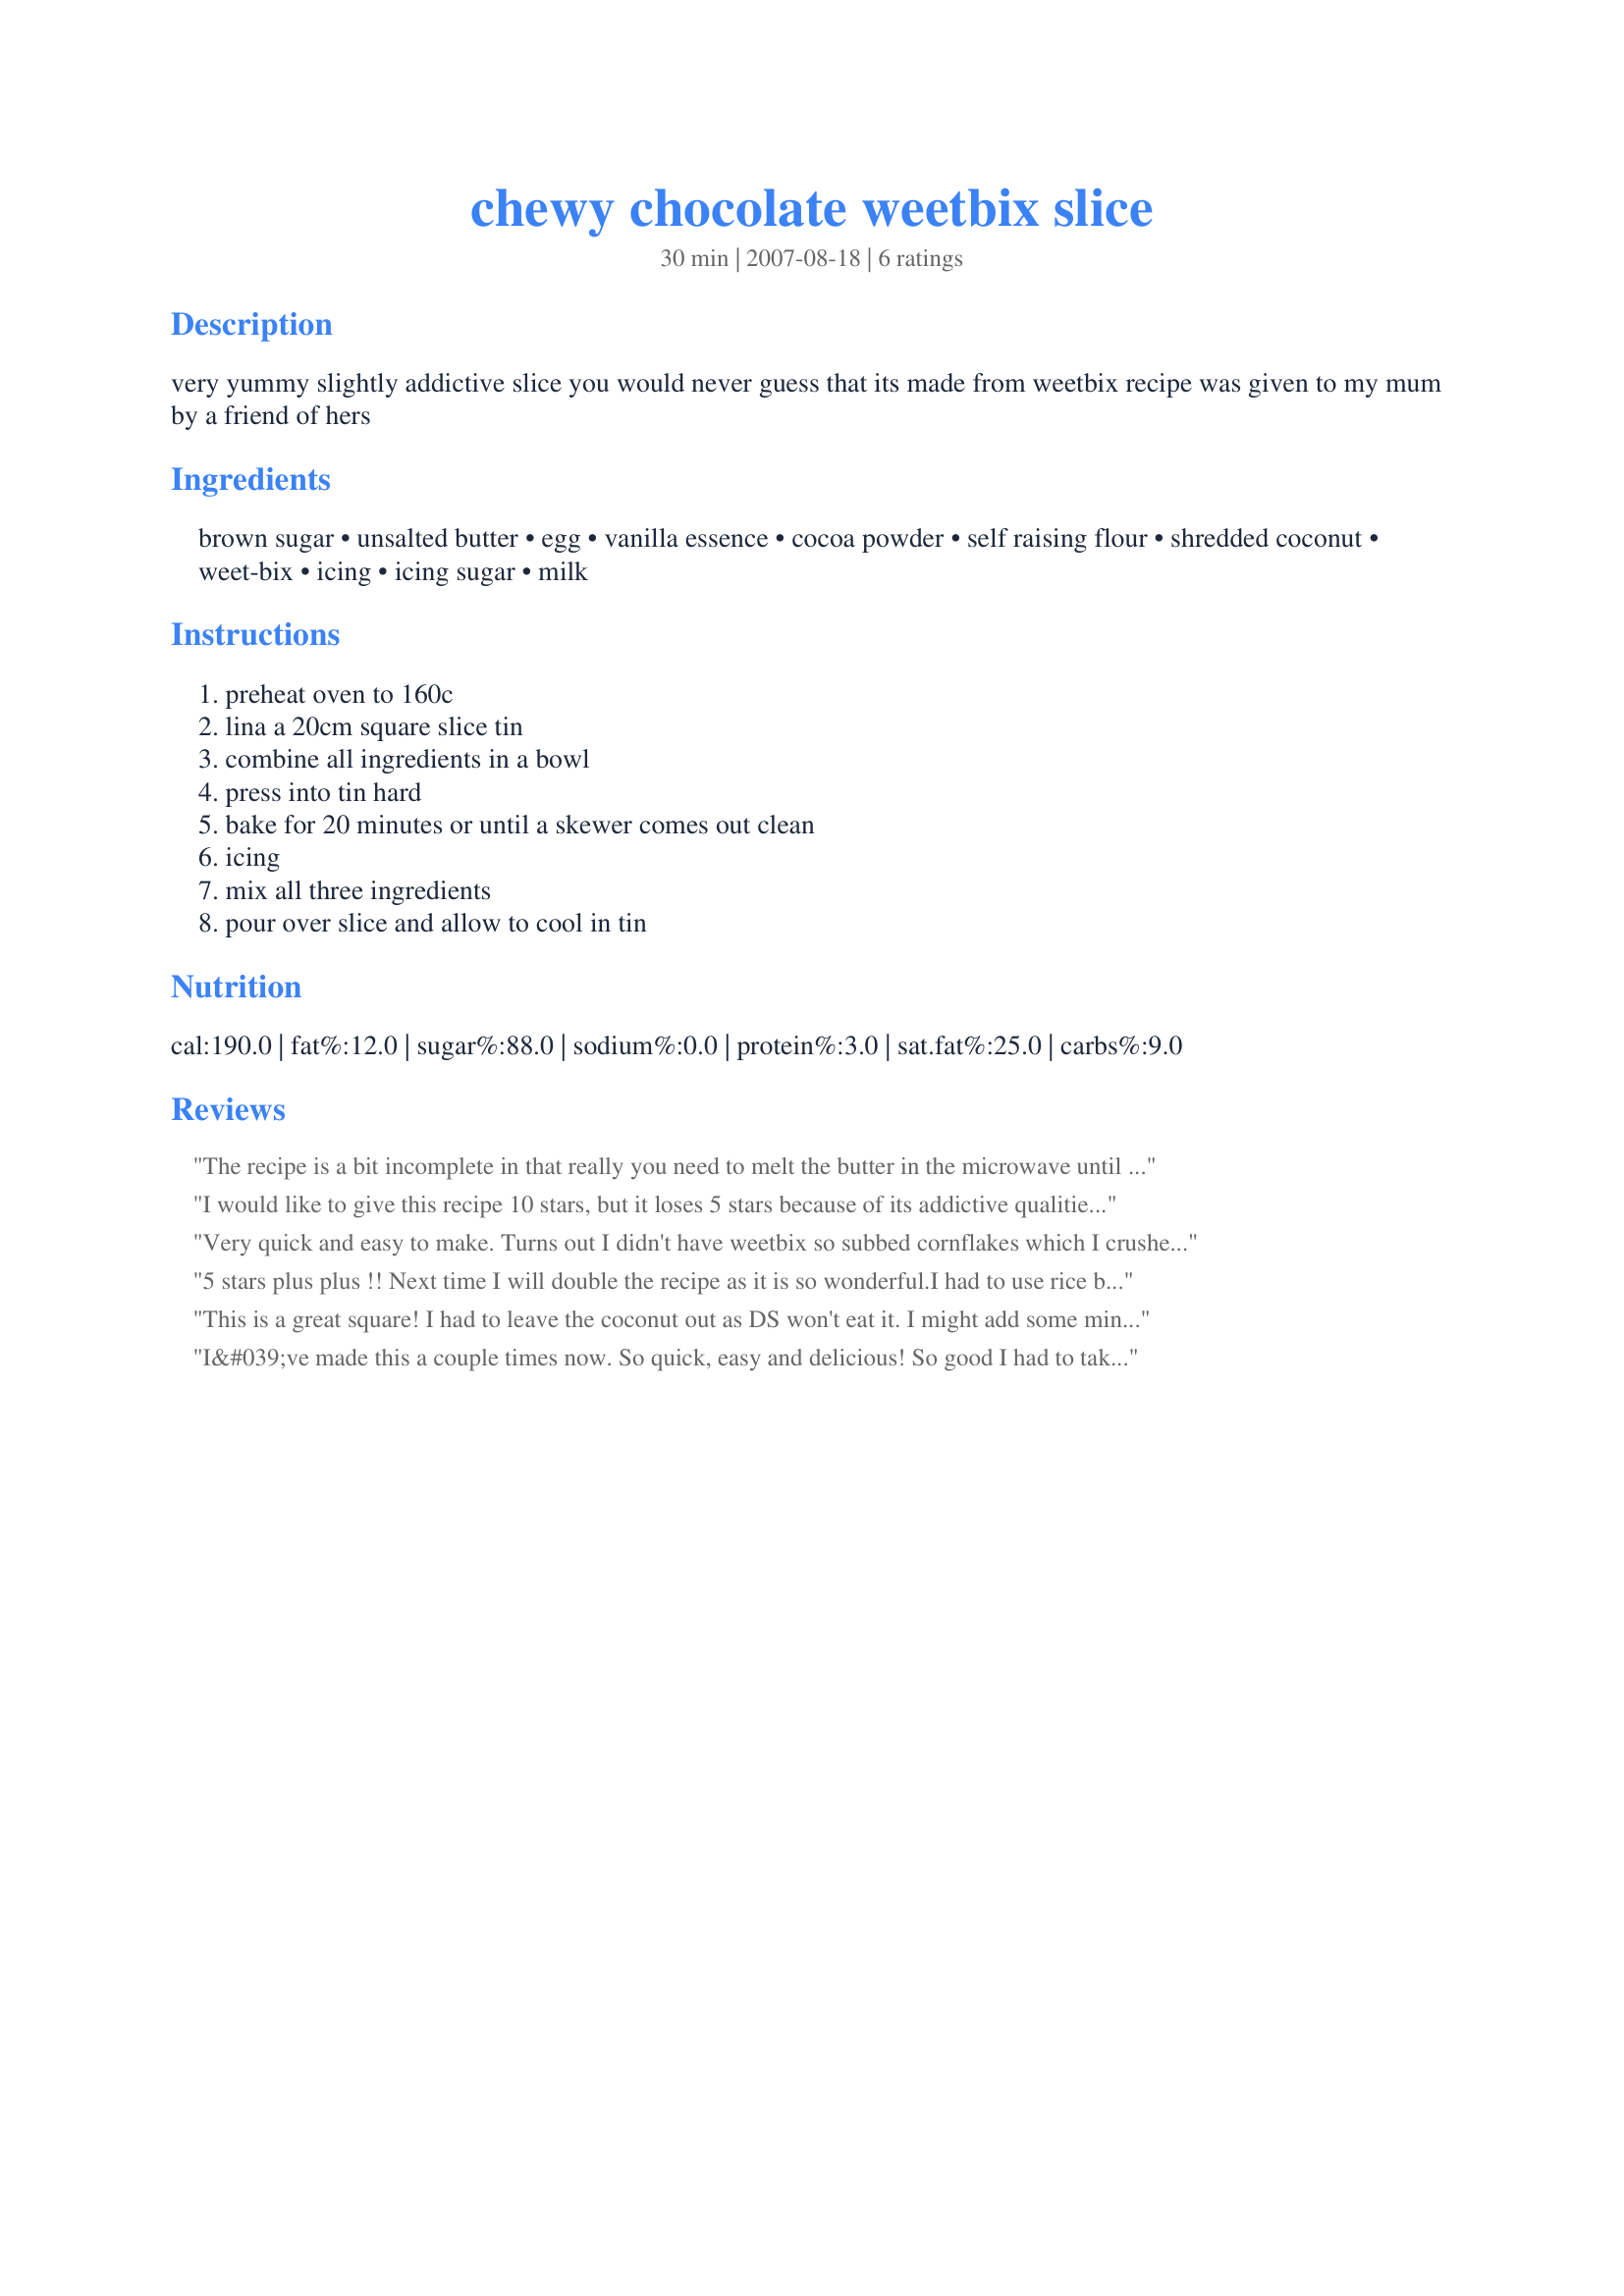
chewy chocolate weetbix slice
Preparation time: 30 minutes

very yummy slightly addictive slice you would never guess that its made from weetbix
recipe was given to my mum by a friend of hers

Ingredients:
brown sugar, unsalted butter, egg, vanilla essence, cocoa powder, self raising flour, shredded coconut, weet-bix, icing, icing sugar, milk

Steps:
preheat oven to 160c, lina a 20cm square slice tin, combine all ingredients in a bowl, press into tin hard, bake for 20 minutes or until a skewer comes out clean, icing, mix all three ingredients, pour over slice and allow to cool in tin

Reviews:
The recipe is a bit incomplete in that really you need to melt the butter in the microwave until only just liquid (not hot), then whisk in the vanilla and egg (hence why the butter must not be hot, otherwise you&#039;ll scramble the egg!), then incorporate all the liquids into a well in the centre of the dry ingredients and mix.
I would like to give this recipe 10 stars, but it loses 5 stars because of its addictive qualities... hehehe... Note: I used salted butter because thats all I had in the house and I wanted something chocolate right then and there. It was delicious using salted butter so I'll stick to that for next time I make this... yes there will definitely be a next time. Also, I made it in a circle tin and it took more like 45mins to cook and I had to turn it up to 180 deg for the last 10-15 mins. This slice is best eaten after being refridgerated and then brought back to room temperature for ultimate chocolation and chewiness. Having said that, its awesome when its hot and crumbly or cold and hard too :D This recipe is a definite maker-againerer.
Very quick and easy to make. Turns out I didn't have weetbix so subbed cornflakes which I crushed up a little. Only got to taste a sliver as I was giving away. Still seemed quite soft this morning after being in the fridge overnight, not sure if that is how it is meant to be or because of the cornflake substitution. Will try again with weetbix and re-review. Thanks for sharing.
5 stars plus plus !! Next time I will double the recipe as it is so wonderful.I had to use rice bubbles instead of weetbix but I don't think at the end of the day it altered the recipe much . I did not even get to ice it as I came home from work and more than half had been devoured by the children !!!
This is a great square! I had to leave the coconut out as DS won't eat it. I might add some mini chocolate chips to it next time I make it. It was very easy to make. I did not have self raising flour, so added 1 1/2 tsp of baking powder to the recipe, I also used salted butter. I baked it at 325F for 20 minutes, let it cool for about 10 minutes & spread the icing on it. Thanks for posting this recipe mummy. Made for PAC spring 2011.
I&#039;ve made this a couple times now. So quick, easy and delicious! So good I had to take it to my mothers to stop me from eating all of it. Loved by the whole family
